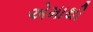
એમાથી